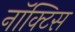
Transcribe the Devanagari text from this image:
नॉक्टिस